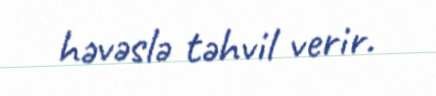
həvəslə təhvil verir.